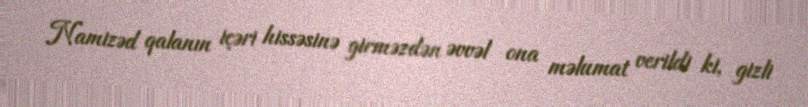
Namizəd qalanın içəri hissəsinə girməzdən əvvəl ona məlumat verildi ki, gizli